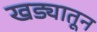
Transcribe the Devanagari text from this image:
खड्यातून